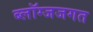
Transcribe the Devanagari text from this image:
ब्लॉग्जजगत